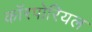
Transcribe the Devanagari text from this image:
कॉरपोरियल